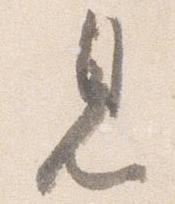
見